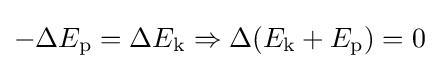
-\Delta E_{\mathrm {p} }=\Delta E_{\mathrm {k} }\Rightarrow \Delta (E_{\mathrm {k} }+E_{\mathrm {p} })=0